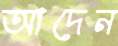
আদেন